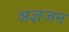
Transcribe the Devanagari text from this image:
अज्ञजन